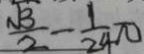
\frac { \sqrt { 3 } } { 2 } - \frac { 1 } { 2 4 } \pi